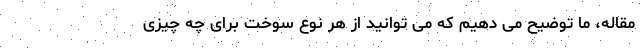
مقاله، ما توضیح می دهیم که می توانید از هر نوع سوخت برای چه چیزی